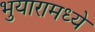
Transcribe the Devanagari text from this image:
भुयारामध्ये